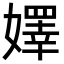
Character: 嬕